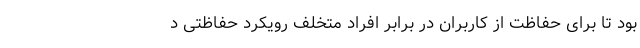
بود تا برای حفاظت از کاربران در برابر افراد متخلف رویکرد حفاظتی د